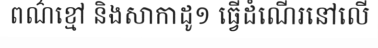
ពណ៌ខ្មៅ និងសាកាដូ១ ធ្វើដំណើរនៅលើ